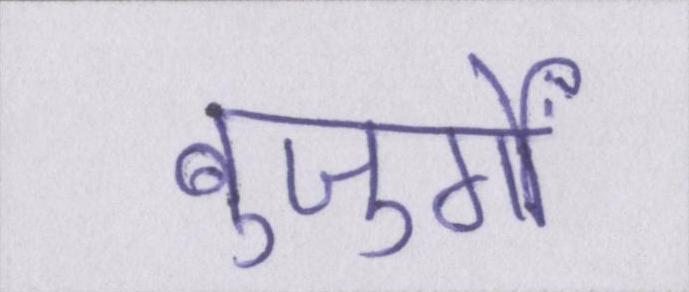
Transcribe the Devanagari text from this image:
बुजुर्गों